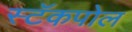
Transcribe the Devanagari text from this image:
स्टॅकपोल